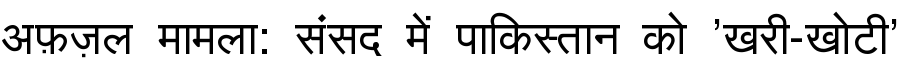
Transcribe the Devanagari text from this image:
अफ़ज़ल मामला: संसद में पाकिस्तान को 'खरी-खोटी'